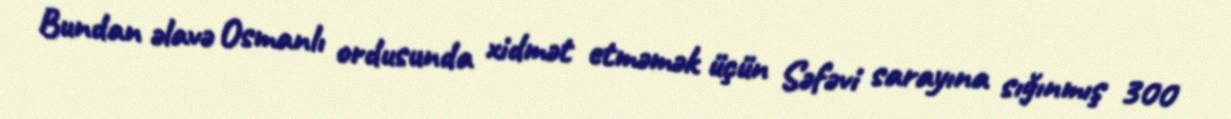
Bundan əlavə Osmanlı ordusunda xidmət etməmək üçün Səfəvi sarayına sığınmış 300